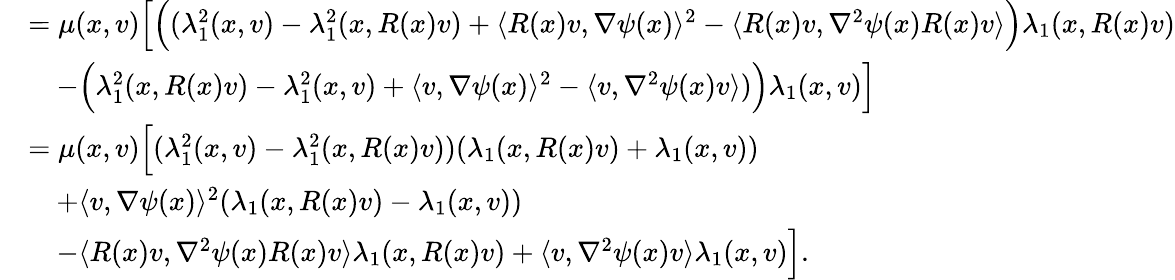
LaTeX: \begin{array}{rl}&{=\mu(x,v)\Big[\Big((\lambda_{1}^{2}(x,v)-\lambda_{1}^{2}(x,R(x)v)+\langle R(x)v,\nabla\psi(x)\rangle^{2}-\langle R(x)v,\nabla^{2}\psi(x)R(x)v\rangle\Big)\lambda_{1}(x,R(x)v)}\\ &{\quad-\Big(\lambda_{1}^{2}(x,R(x)v)-\lambda_{1}^{2}(x,v)+\langle v,\nabla\psi(x)\rangle^{2}-\langle v,\nabla^{2}\psi(x)v\rangle)\Big)\lambda_{1}(x,v)\Big]}\\ &{=\mu(x,v)\Big[(\lambda_{1}^{2}(x,v)-\lambda_{1}^{2}(x,R(x)v))(\lambda_{1}(x,R(x)v)+\lambda_{1}(x,v))}\\ &{\quad+\langle v,\nabla\psi(x)\rangle^{2}(\lambda_{1}(x,R(x)v)-\lambda_{1}(x,v))}\\ &{\quad-\langle R(x)v,\nabla^{2}\psi(x)R(x)v\rangle\lambda_{1}(x,R(x)v)+\langle v,\nabla^{2}\psi(x)v\rangle\lambda_{1}(x,v)\Big].}\end{array}